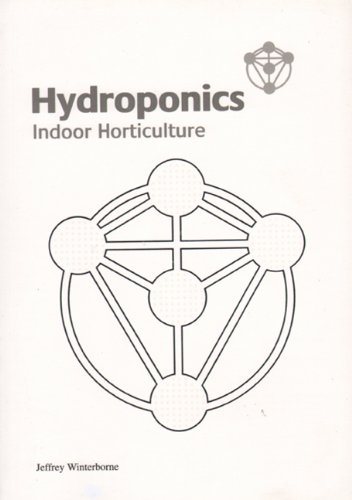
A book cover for Hydroponics: Indoor Horticulture; Jeffrey Winterborne; Crafts, Hobbies & Home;